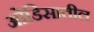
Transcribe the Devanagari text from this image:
ओडिसातील